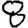
Digit: 8